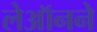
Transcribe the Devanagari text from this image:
लेऑनने